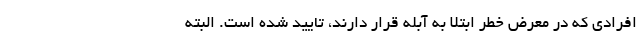
افرادی که در معرض خطر ابتلا به آبله قرار دارند، تایید شده است. البته